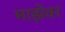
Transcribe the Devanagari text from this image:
माझेवर